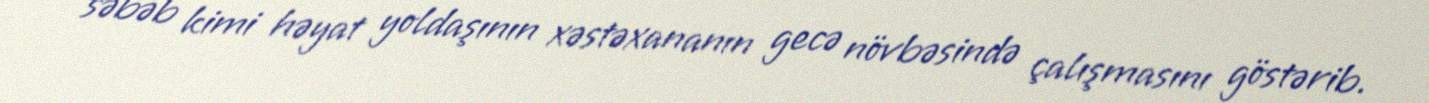
səbəb kimi həyat yoldaşının xəstəxananın gecə növbəsində çalışmasını göstərib.